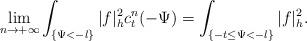
LaTeX: \begin{align*} \lim_{n\rightarrow+\infty}\int_{\{\Psi<-l\}}|f|_h^2c_t^n(-\Psi)=\int_{\{-t\leq\Psi<-l\}}|f|_h^2. \end{align*}